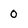
Character: 0